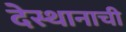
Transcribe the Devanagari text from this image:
देस्थानाची